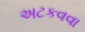
અટકવવા